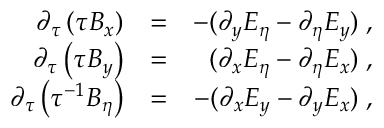
\begin{array} { r l r } { \partial _ { \tau } \left( \tau B _ { x } \right) } & { = } & { - ( \partial _ { y } E _ { \eta } - \partial _ { \eta } E _ { y } ) \; , } \\ { \partial _ { \tau } \left( \tau B _ { y } \right) } & { = } & { ( \partial _ { x } E _ { \eta } - \partial _ { \eta } E _ { x } ) \; , } \\ { \partial _ { \tau } \left( \tau ^ { - 1 } B _ { \eta } \right) } & { = } & { - ( \partial _ { x } E _ { y } - \partial _ { y } E _ { x } ) \; , } \end{array}